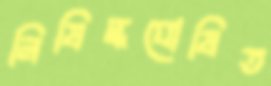
নিষিদ্ধঘোষিত